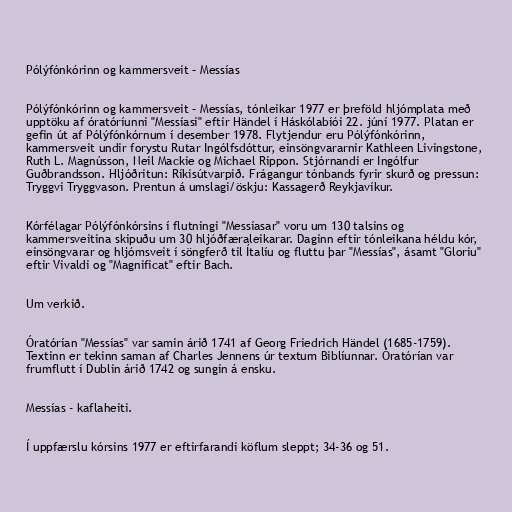
Pólýfónkórinn og kammersveit – Messías

Pólýfónkórinn og kammersveit – Messías, tónleikar 1977 er þreföld hljómplata með
upptöku af óratóríunni "Messíasi" eftir Händel í Háskólabíói 22. júní 1977. Platan er
gefin út af Pólýfónkórnum í desember 1978. Flytjendur eru Pólýfónkórinn,
kammersveit undir forystu Rutar Ingólfsdóttur, einsöngvararnir Kathleen Livingstone,
Ruth L. Magnússon, Neil Mackie og Michael Rippon. Stjórnandi er Ingólfur
Guðbrandsson. Hljóðritun: Ríkisútvarpið. Frágangur tónbands fyrir skurð og pressun:
Tryggvi Tryggvason. Prentun á umslagi/öskju: Kassagerð Reykjavíkur.

Kórfélagar Pólýfónkórsins í flutningi "Messíasar" voru um 130 talsins og
kammersveitina skipuðu um 30 hljóðfæraleikarar. Daginn eftir tónleikana héldu kór,
einsöngvarar og hljómsveit í söngferð til Ítalíu og fluttu þar "Messías", ásamt "Gloriu"
eftir Vivaldi og "Magnificat" eftir Bach.

Um verkið.

Óratórían "Messías" var samin árið 1741 af Georg Friedrich Händel (1685-1759).
Textinn er tekinn saman af Charles Jennens úr textum Biblíunnar. Óratórían var
frumflutt í Dublin árið 1742 og sungin á ensku.

Messías - kaflaheiti.

Í uppfærslu kórsins 1977 er eftirfarandi köflum sleppt; 34-36 og 51.